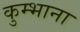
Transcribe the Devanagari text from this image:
कुम्भाना